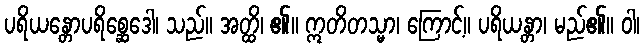
ပရိယန္တောပရိစ္ဆေဒေါ၊ သည်။ အတ္ထိ၊ ၏။ ဣတိတသ္မာ၊ ကြောင့်။ ပရိယန္တာ၊ မည်၏။ ဝါ၊